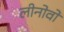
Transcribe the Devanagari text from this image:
लीनोवो